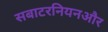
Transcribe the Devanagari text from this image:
सबाटरनियनऔर